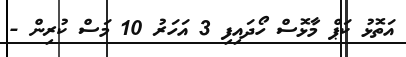
އަތޮޅު ކަޕް މާޅޮސް ހޯދައިފި 3 އަހަރު 10 މަސް ކުރިން -